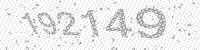
Solution: 192149